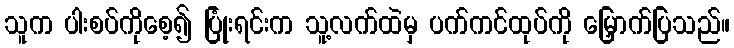
သူက ပါးစပ်ကိုစေ့၍ ပြုံးရင်းက သူ့လက်ထဲမှ ပက်ကင်ထုပ်ကို မြှောက်ပြသည်။